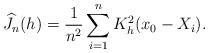
LaTeX: \begin{align*}\widehat J_n(h)=\frac{1}{n^2}\sum_{i=1}^n K_h^2(x_0-X_i).\end{align*}